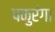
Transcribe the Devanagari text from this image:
पकुरंगा